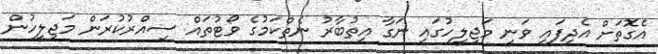
އެގޮތަށް އެދިފައި ވަނީ މަޖިލީހުގައި ނަގާ އިތުބާރު ނެތްކަމުގެ ވޯޓުތައް ސިއްރުކުރަން މަޖިލީހުން